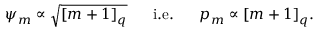
{ \psi } _ { m } \propto \sqrt { [ m + 1 ] _ { q } } \mathrm { ~ \quad ~ i . e . ~ \quad ~ } p _ { m } \propto [ m + 1 ] _ { q } .